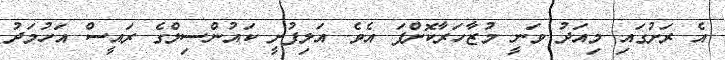
އެ ރަށުގައި މިއަދު ވަނީ މުޒާހަރާކޮށްފަ އެވެ. އަލިފުށީ ކައުންސިލްގެ ރައީސް އަހުމަދު